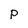
Character: p